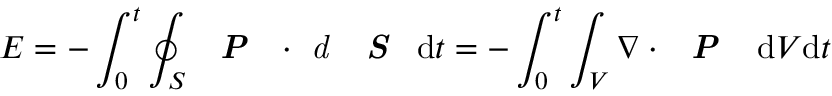
E = - \int _ { 0 } ^ { t } \oint _ { S } \textbf { \emph { P } } \cdot \emph { d } \textbf { \emph { S } } \mathrm { d } t = - \int _ { 0 } ^ { t } \int _ { V } \nabla \cdot \textbf { \emph { P } } ~ \mathrm { d } V \mathrm { d } t